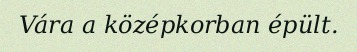
Vára a középkorban épült.